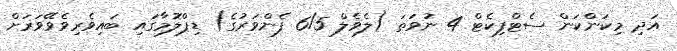
އަދި މިކަންކަން ސެޓްފިކެޓް 4 ނުވަތަ (ލެވެލް 6/5 ފެންވަރުގެ) ޑިޕްލޮމާގައި ބައިވެރިވެވޭވަރަށް